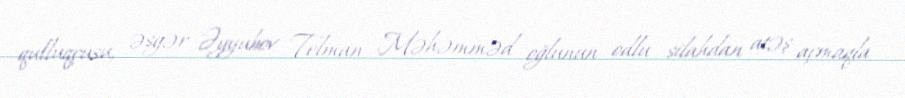
qulluqçusu, əsgər Əyyubov Telman Məhəmməd oğlunun odlu silahdan atəş açmaqla